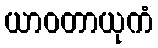
ယာဝတာယုကံ